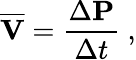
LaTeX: {\overline{{\mathbf{V}}}}={\frac{\Delta\mathbf{P}}{\Delta t}}\ ,